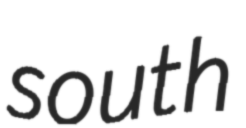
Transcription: south